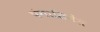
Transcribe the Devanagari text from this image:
पंगासिनेंस